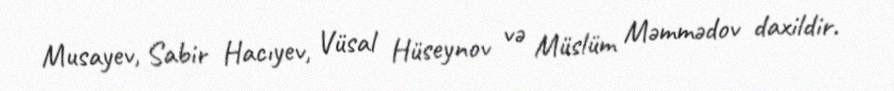
Musayev, Sabir Hacıyev, Vüsal Hüseynov və Müslüm Məmmədov daxildir.